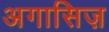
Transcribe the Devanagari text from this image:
अगासिज़